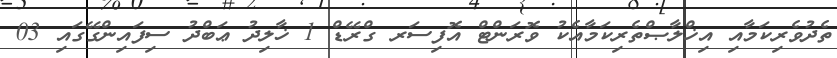
ތެދުވެރިކަމާއި އިޚްލާޞްތެރިކަމާއެކު ވޮރަންޓް އޮފިސަރ ގްރޭޑް 1 ޚާލިދު ޢަބްދު ސިފައިންގޭގައި 03